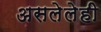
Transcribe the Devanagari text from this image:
असलेलेही